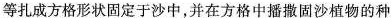
等扎成方格形状固定于沙中，并在方格中播撒固沙植物的种